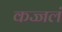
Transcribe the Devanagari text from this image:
कज्जलं